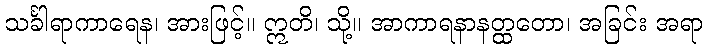
သင်္ခါရာကာရေန၊ အားဖြင့်။ ဣတိ၊ သို့။ အာကာရနာနတ္ထတော၊ အခြင်း အရာ